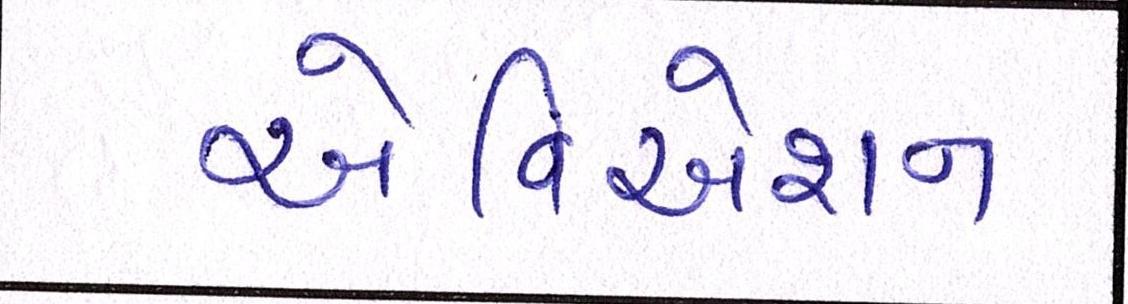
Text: એવિએશન